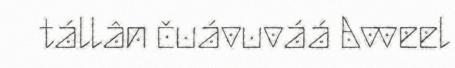
tállân čuávuváá Avveel